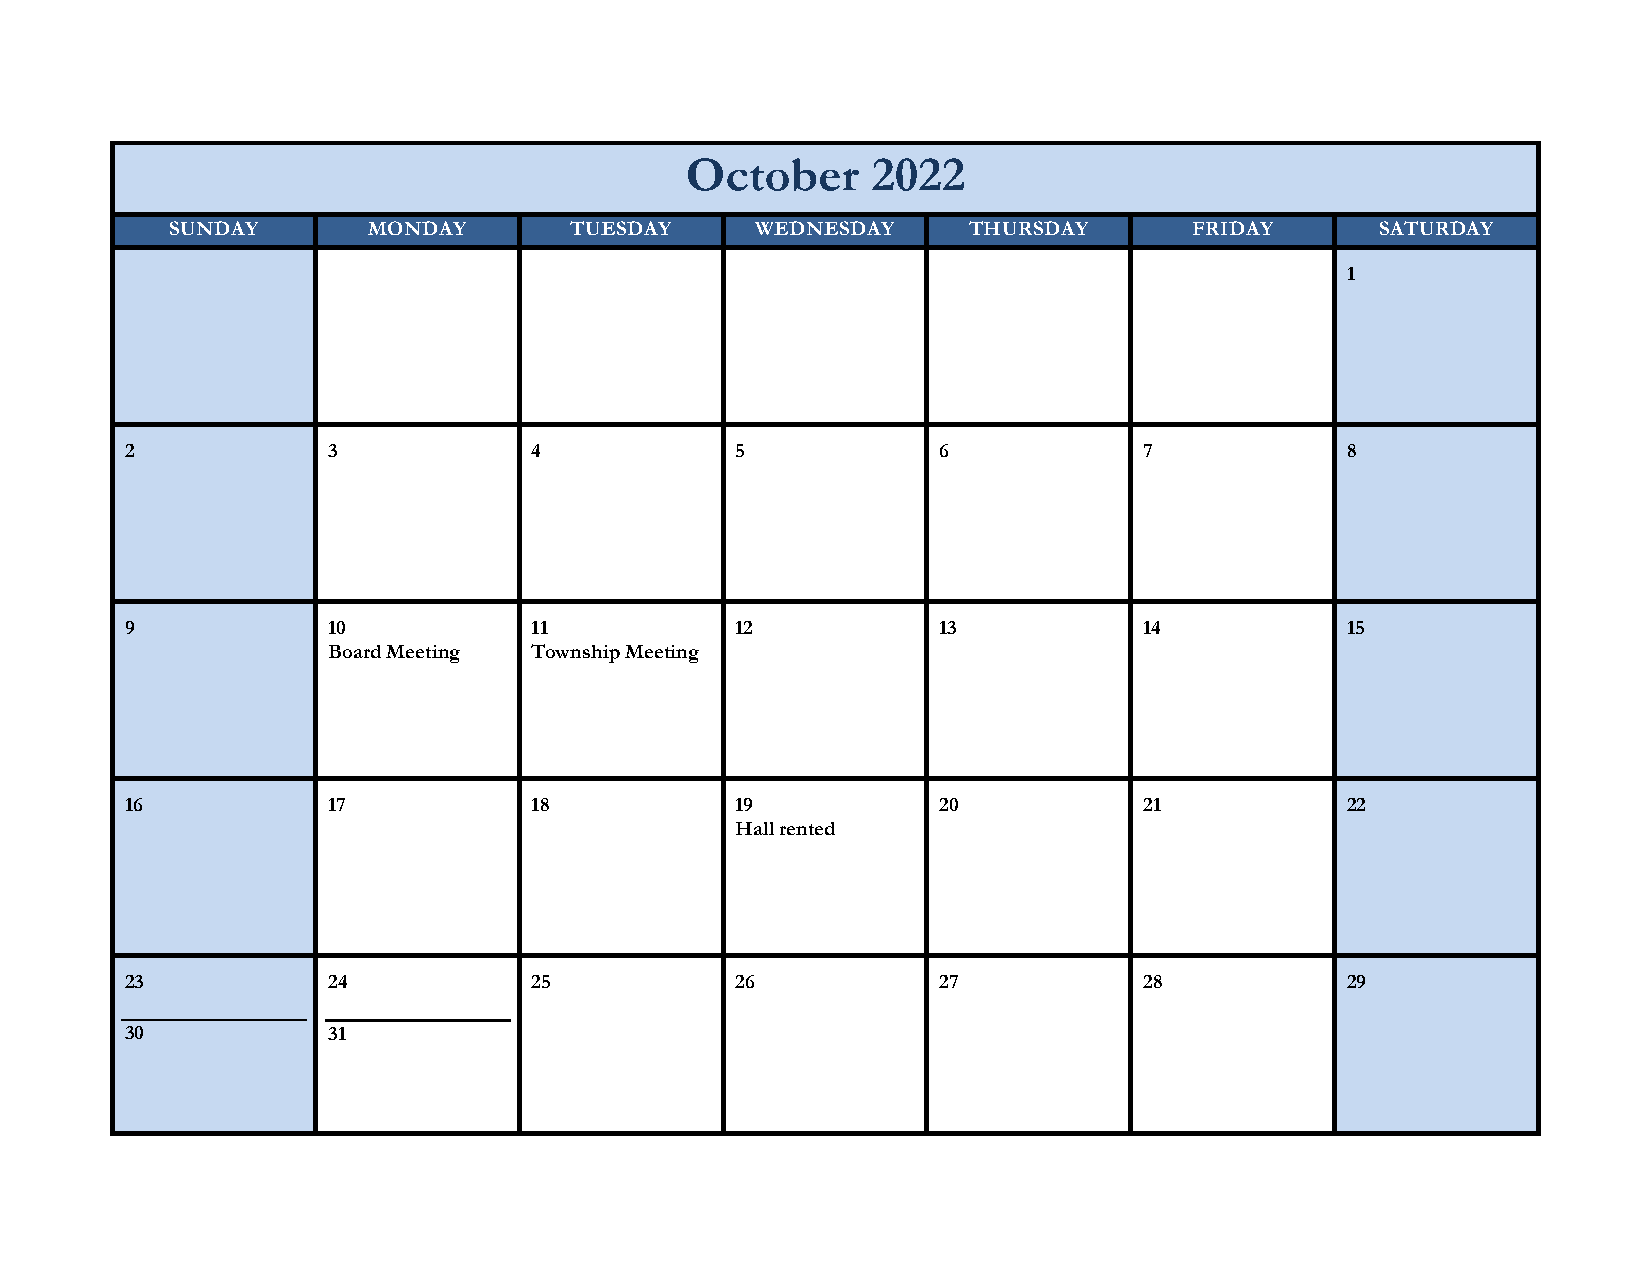
October      2022
 SUNDAY       MONDAY        TUESDAY     WEDNESDAY     THURSDAY       FRIDAY      SATURDAY
 1
 2             3            4             5            6             7            8
 9             10           11            12           13            14           15
 Board Meeting Township Meeting
 16            17           18            19           20            21           22
 Hall rented
 23            24           25            26           27            28           29
 30            31